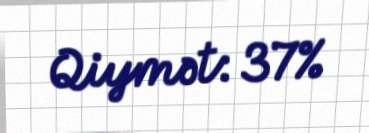
Qiymət: 37%